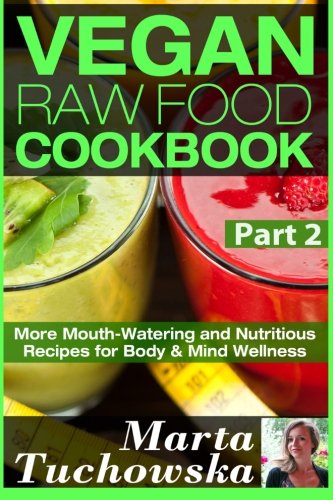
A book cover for Vegan Raw Food Cookbook Part 2: More Mouth-Watering and Nutritious Recipes for Body & Mind Wellness (Raw Foods, Vegan, Raw, Alkaline, Anti Inflammatory) (Volume 2); Marta Tuchowska; Cookbooks, Food & Wine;